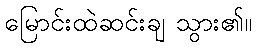
မြောင်းထဲဆင်းချ သွား၏။